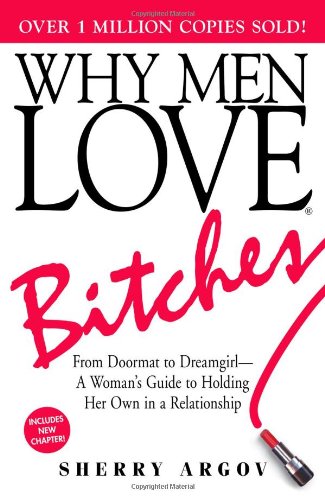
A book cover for Why Men Love Bitches: From Doormat to Dreamgirl - A Woman's Guide to Holding Her Own in a Relationship; Sherry Argov; Self-Help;